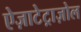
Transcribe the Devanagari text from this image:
ऐज़ाटेट्राज़ोल